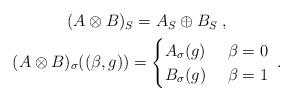
LaTeX: \begin{align*}\begin{gathered}(A\otimes B)_S = A_S\oplus B_S\;,\\(A\otimes B)_\sigma((\beta,g))=\begin{cases}A_\sigma(g) & \ \beta=0\\B_\sigma(g) & \ \beta=1\\\end{cases}\;.\end{gathered}\end{align*}